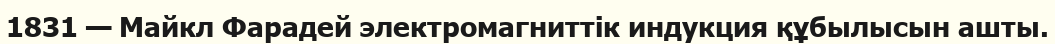
1831 — Майкл Фарадей электромагниттік индукция құбылысын ашты.